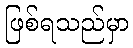
ဖြစ်ရသည်မှာ